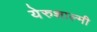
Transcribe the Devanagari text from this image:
येरुशाल्मी